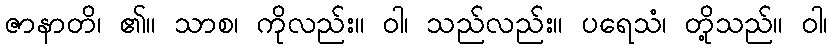
ဇာနာတိ၊ ၏။ သာစ၊ ကိုလည်း။ ဝါ၊ သည်လည်း။ ပရေသံ၊ တို့သည်။ ဝါ၊